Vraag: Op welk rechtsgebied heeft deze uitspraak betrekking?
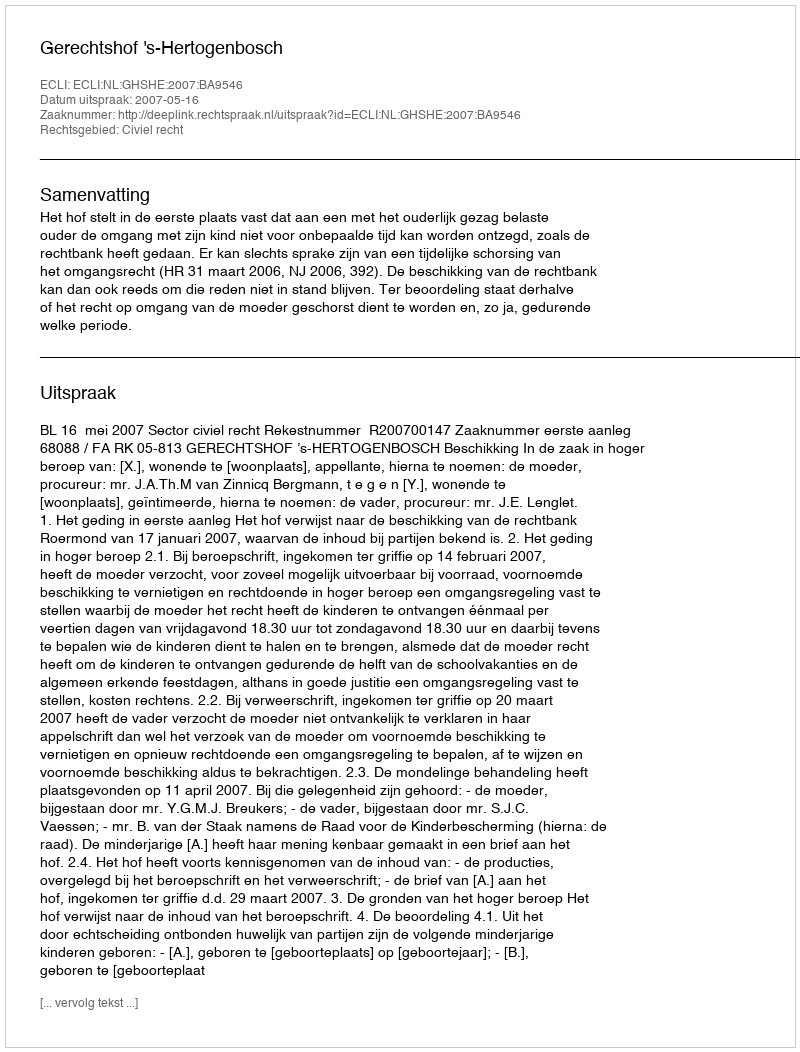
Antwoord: Civiel recht